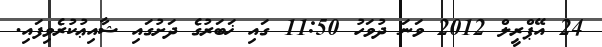
24 އޭޕްރީލް 2012 ވަނަ ދުވަހު 11:50 ގައި ޚަބަރުގެ ދަށުގައި ޝާއިޢުކުރެވިފައި.